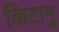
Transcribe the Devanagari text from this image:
किटानु